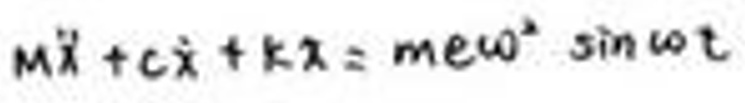
$M\ddot{x}+c\dot{x}+kx = me\omega^2 \sin\omega t$